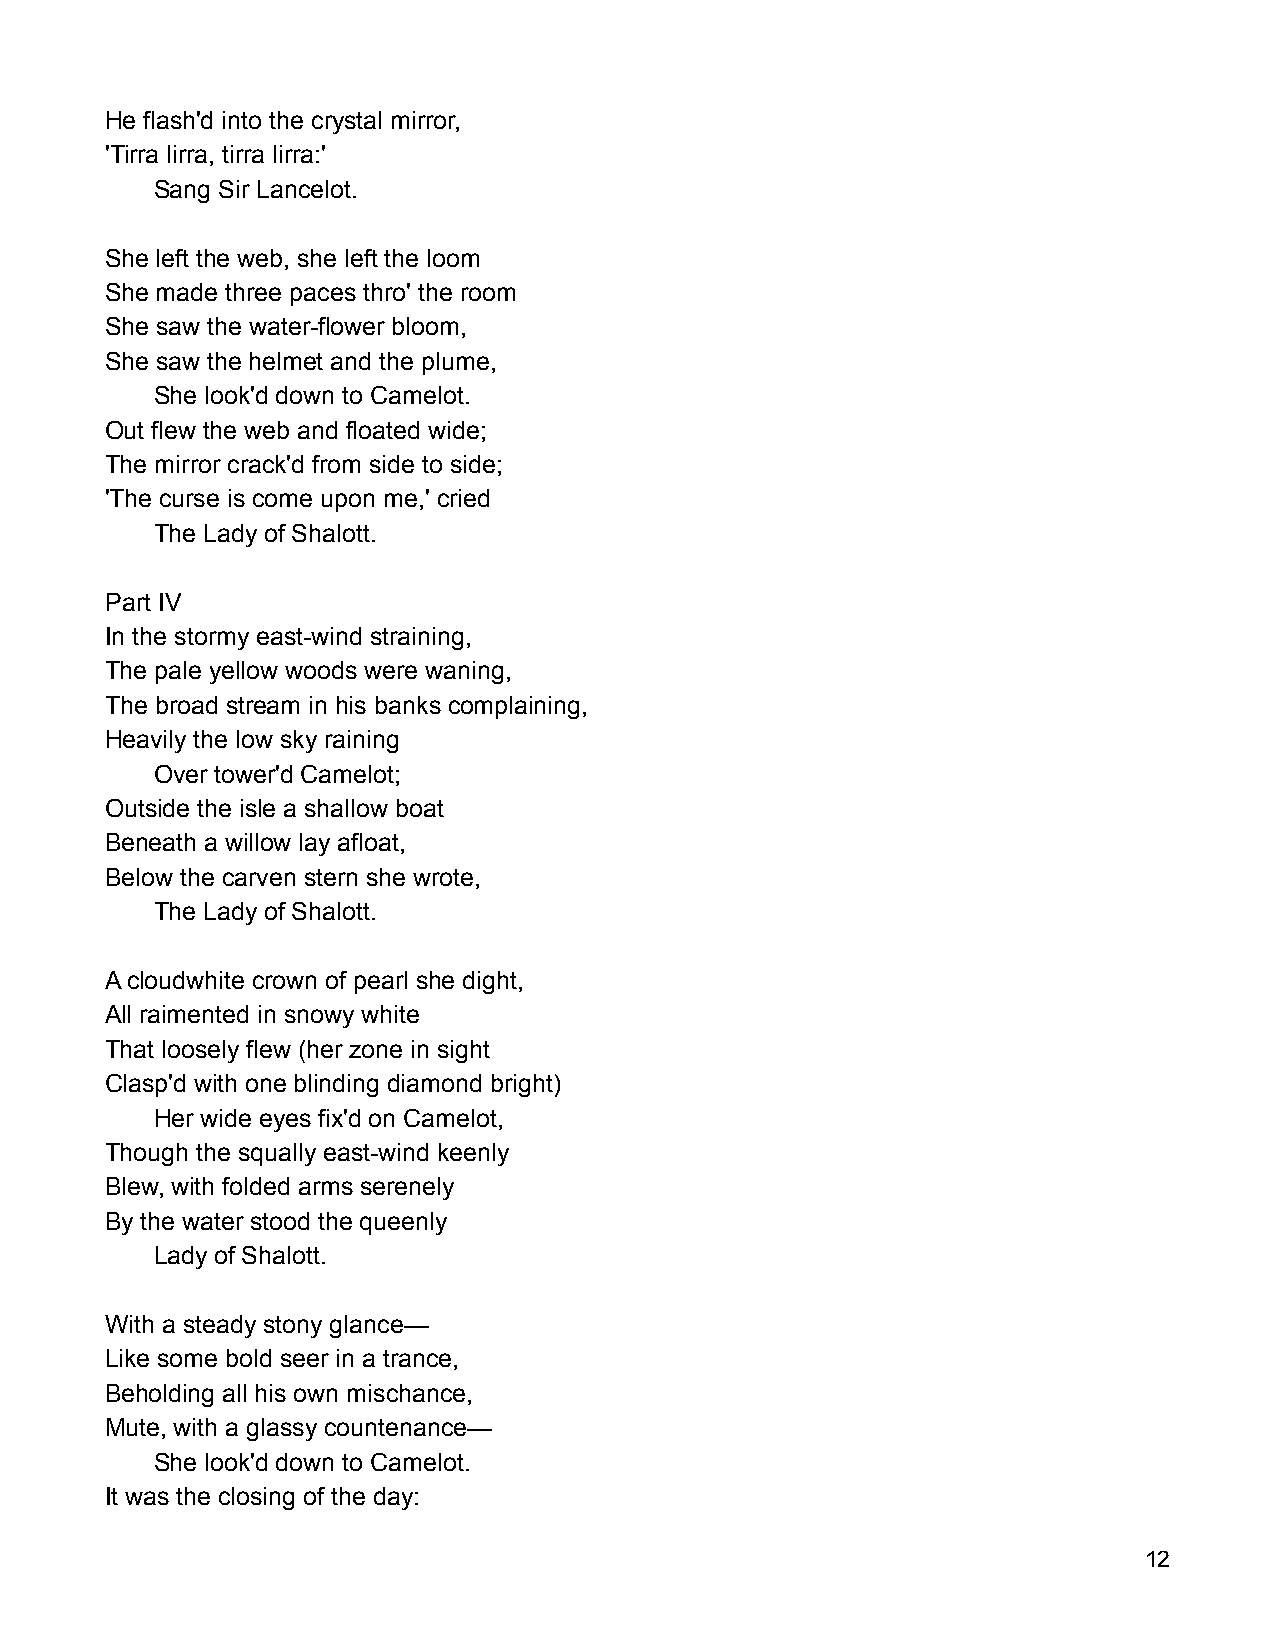
He flash'd into the crystal mirror,
 'Tirra lirra, tirra lirra:'
 Sang Sir Lancelot.
 She left the web, she left the loom
 She made three paces thro' the room
 She saw the water-flower bloom,
 She saw the helmet and the plume,
 She look'd down to Camelot.
 Out flew the web and floated wide;
 The mirror crack'd from side to side;
 'The curse is come upon me,' cried
 The Lady of Shalott.
 Part IV
 In the stormy east-wind straining,
 The pale yellow woods were waning,
 The broad stream in his banks complaining,
 Heavily the low sky raining
 Over tower'd Camelot;
 Outside the isle a shallow boat
 Beneath a willow lay afloat,
 Below the carven stern she wrote,
 The Lady of Shalott.
 A cloudwhite crown of pearl she dight,
 All raimented in snowy white
 That loosely flew (her zone in sight
 Clasp'd with one blinding diamond bright)
 Her wide eyes fix'd on Camelot,
 Though the squally east-wind keenly
 Blew, with folded arms serenely
 By the water stood the queenly
 Lady of Shalott.
 With a steady stony glance—
 Like some bold seer in a trance,
 Beholding all his own mischance,
 Mute, with a glassy countenance—
 She look'd down to Camelot.
 It was the closing of the day:
 12